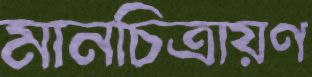
মানচিত্রায়ণ